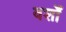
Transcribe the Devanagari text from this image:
वर्शों